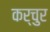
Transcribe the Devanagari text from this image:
कर्चुर